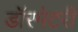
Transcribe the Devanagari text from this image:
डॉरमेटरी